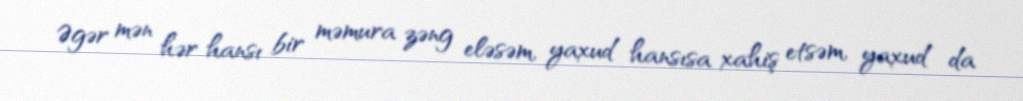
Əgər mən hər hansı bir məmura zəng eləsəm, yaxud hansısa xahiş etsəm, yaxud da